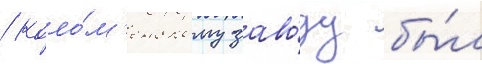
/ коло́м'енскому заво́ду бы́л